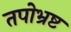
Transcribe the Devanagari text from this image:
तपोभ्रष्ट